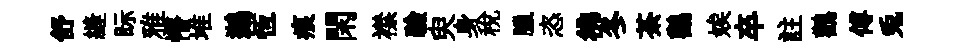
舒縫眎雅懵堆鷀恆痕閑襟驗臾身稅臘恣彿冬茶鸛娭卒註鸛傅兎